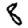
Digit: 8